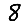
Digit: 8